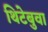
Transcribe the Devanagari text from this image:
थिटेबुवा